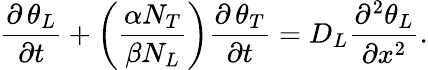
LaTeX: \frac{\partial\, {{\theta}_{L}}}{\partial t}+\left(\frac{\alpha{{N}_{T}}}{\beta{{N}_{L}}}\right)\frac{\partial\, {{\theta}_{T}}}{\partial t}={{D}_{L}}\frac{{{\partial}^{2}}{{\theta}_{L}}}{\partial{{x}^{2}}}.